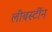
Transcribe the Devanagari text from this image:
लीबर्स्टीन